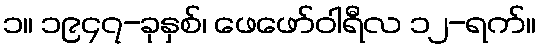
၁။ ၁၉၄၇-ခုနှစ်၊ ဖေဖော်ဝါရီလ ၁၂-ရက်။